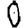
Digit: 0